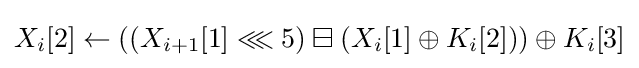
X_{i}[2]\leftarrow \left(\left(X_{i+1}[1]\lll 5\right)\boxminus \left(X_{i}[1]\oplus K_{i}[2]\right)\right)\oplus K_{i}[3]